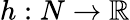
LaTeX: h:N\to\mathbb{R}